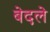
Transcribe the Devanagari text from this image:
बेदले